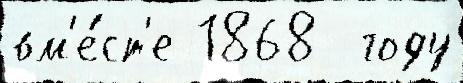
вм'е́ст'е 1868  году